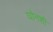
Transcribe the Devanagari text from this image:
घोनशी